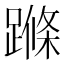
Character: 𨃜